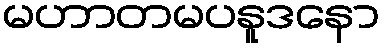
မဟာတမပနူဒနော